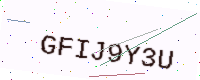
Text: GFIJ9Y3U